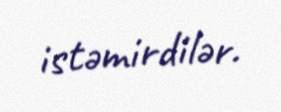
istəmirdilər.